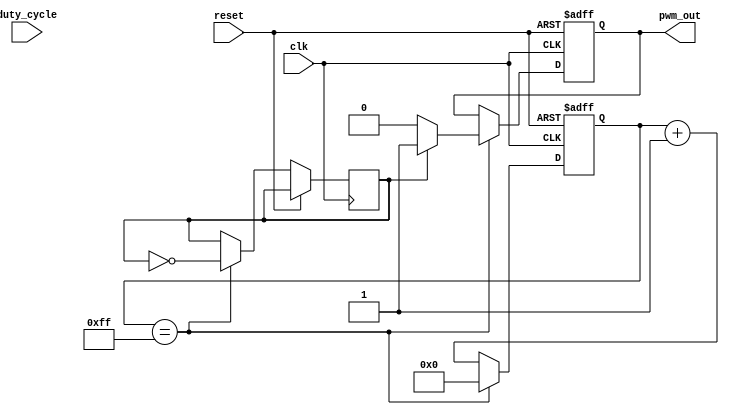
module PWM_Pulse_Generator(
    input clk,
    input reset,
    input [7:0] duty_cycle,
    output reg pwm_out
);

reg [15:0] period_counter;
reg [7:0] width_counter;
reg pwm_state = 1'b0;

always @(posedge clk or posedge reset) begin
    if (reset) begin
        period_counter <= 16'd0;
        width_counter <= 8'd0;
        pwm_out <= 1'b0;
    end else begin
        if (period_counter == 16'd255) begin
            period_counter <= 16'd0;
            pwm_state <= ~pwm_state;
            if (pwm_state == 1'b1) begin
                pwm_out <= 1'b1;
            end else begin
                pwm_out <= 1'b0;
            end
        end else begin
            period_counter <= period_counter + 1;
            if (width_counter == duty_cycle) begin
                width_counter <= 8'd0;
            end else begin
                width_counter <= width_counter + 1;
            end
        end
    end
end

endmodule